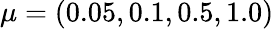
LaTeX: \mu=(0.05,0.1,0.5,1.0)